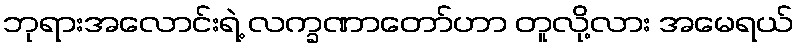
ဘုရားအလောင်းရဲ့ လက္ခဏာတော်ဟာ တူလို့လား အမေရယ်